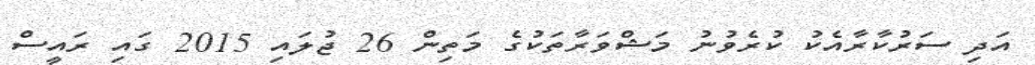
އަދި ސަރުކާރާއެކު ކުރެވުނު މަޝްވަރާތަކުގެ މަތިން 26 ޖުލައި 2015 ގައި ރައީސް